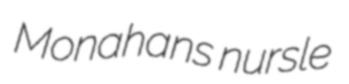
Monahans nursle